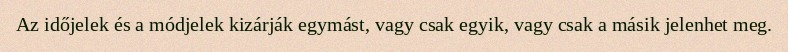
Az időjelek és a módjelek kizárják egymást, vagy csak egyik, vagy csak a másik jelenhet meg.